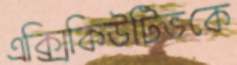
এক্সিকিউটিভকে